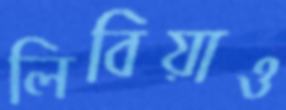
লিবিয়াও